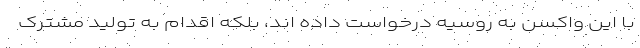
با این واکسن به روسیه درخواست داده اند، بلکه اقدام به تولید مشترک